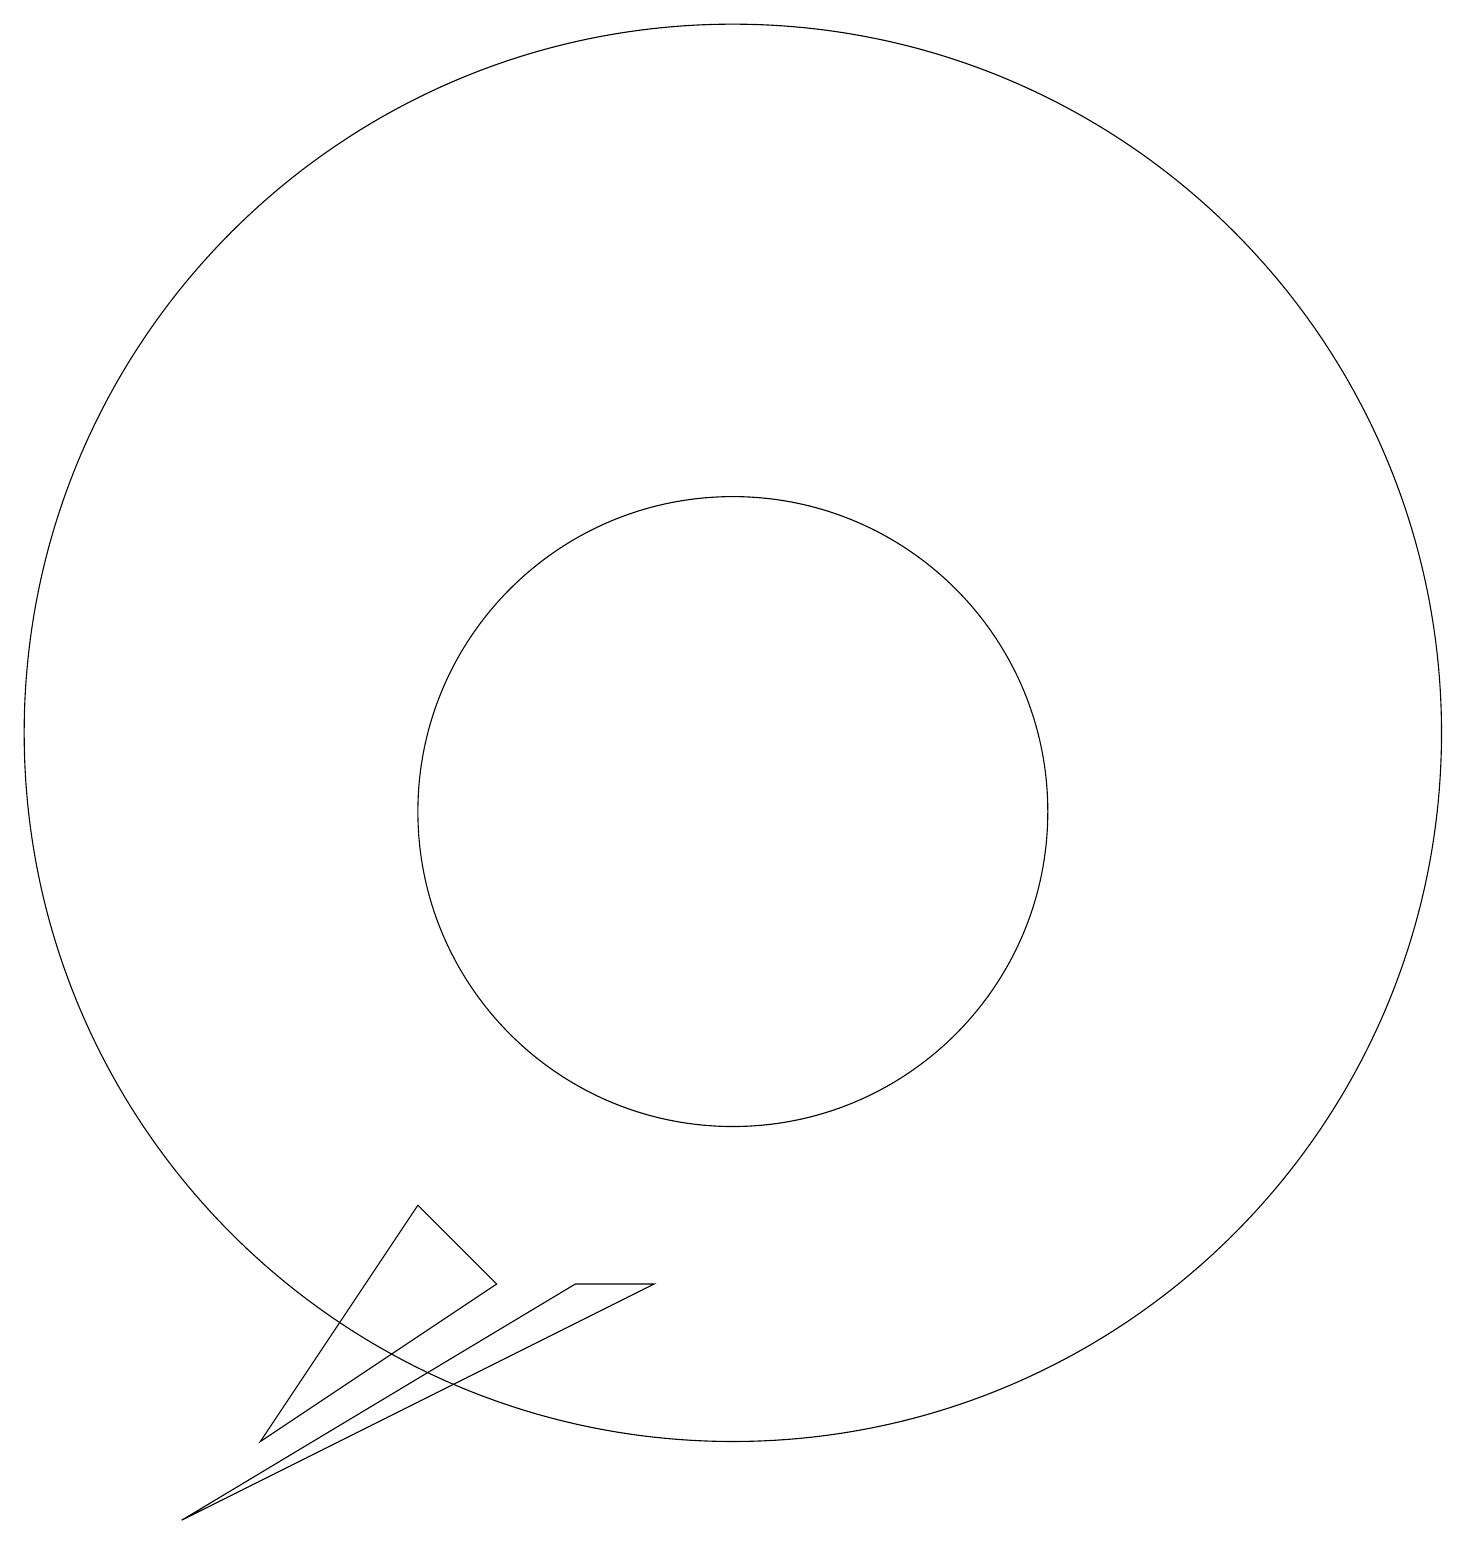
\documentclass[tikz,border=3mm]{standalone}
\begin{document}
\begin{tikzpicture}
\draw (7,5) -- (4,3) -- (6,6) -- cycle;
\draw (10,11) circle (4);
\draw (10,12) circle (9);
\draw (8,5) -- (9,5) -- (3,2) -- cycle;
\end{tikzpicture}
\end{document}